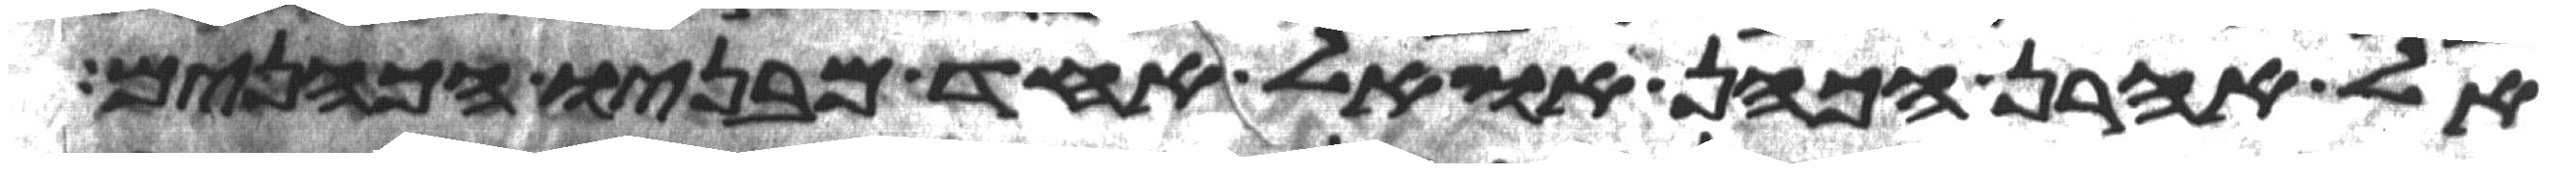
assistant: אל אהרן הכהן או אל אחד מבניו הכהנים